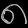
Digit: ၈